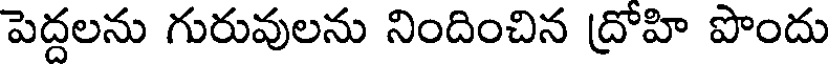
పెద్దలను గురువులను నిందించిన ద్రోహి పొందు